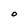
Character: O